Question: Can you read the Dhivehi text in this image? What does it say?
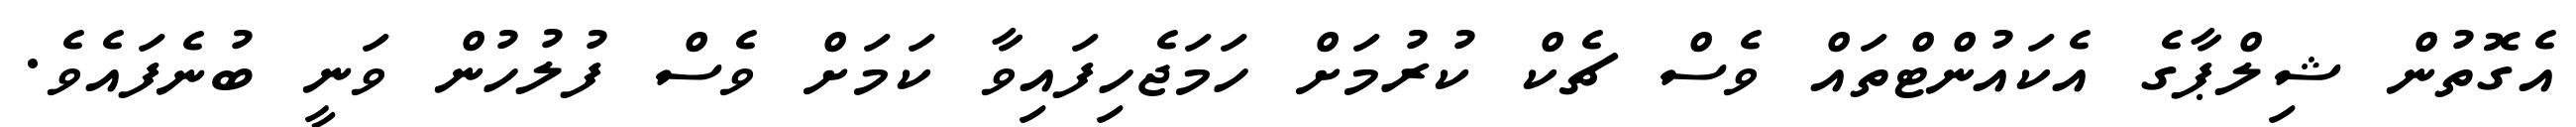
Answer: އެގޮތުން ޝިލްޕާގެ އެކައުންޓްތައް ވެސް ޗެކް ކުރުމަށް ހަމަޖެހިފައިވާ ކަމަށް ވެސް ފުލުހުން ވަނީ ބުނެފައެވެ.